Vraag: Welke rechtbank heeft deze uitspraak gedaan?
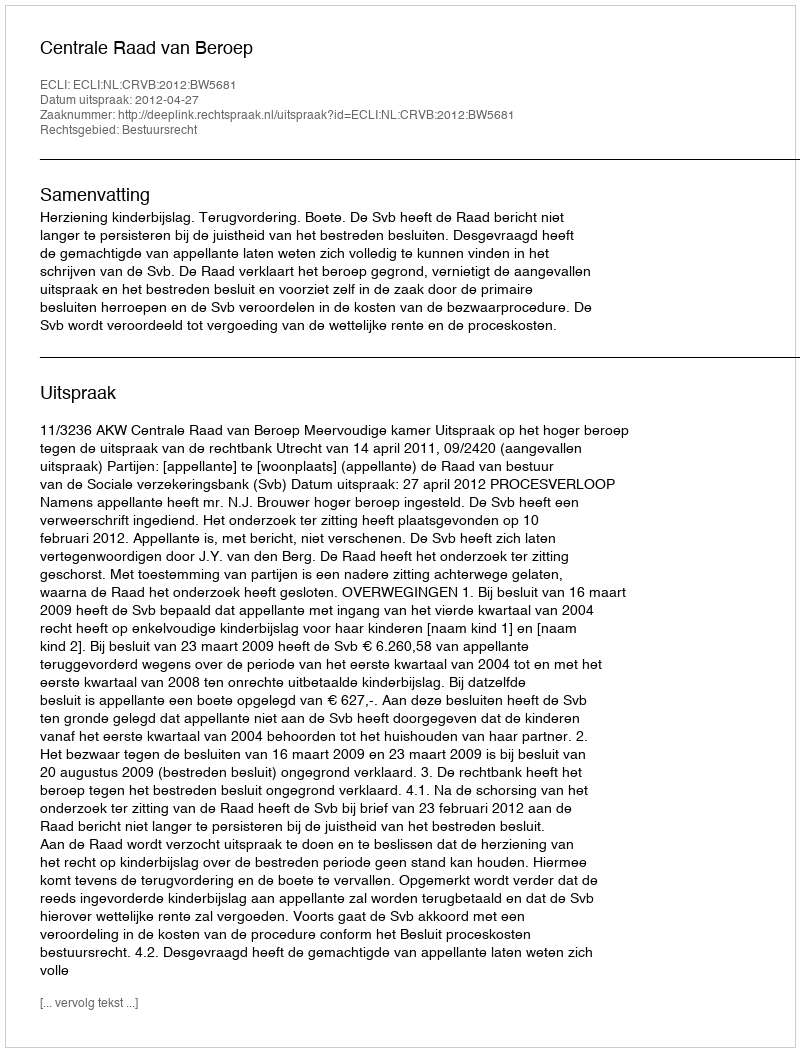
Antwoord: Centrale Raad van Beroep